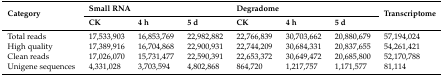
| <ROWSPAN=2> Category | <COLSPAN=3> Small RNA | <COLSPAN=3> Degradome | <ROWSPAN=2> Transcriptome |
 | CK | 4 h | 5 d | CK | 4 h | 5 d |
 | --- | --- | --- | --- | --- | --- | --- | --- |
 | Total reads | 17,533,903 | 16,853,769 | 22,982,882 | 22,766,839 | 30,703,662 | 20,880,679 | 57,194,024 |
 | High quality | 17,389,916 | 16,704,868 | 22,900,931 | 22,744,209 | 30,684,331 | 20,837,655 | 54,261,421 |
 | Clean reads | 17,026,070 | 15,731,477 | 22,590,391 | 22,653,372 | 30,649,472 | 20,685,800 | 52,170,788 |
 | Unigene sequences | 4,331,028 | 3,703,594 | 4,802,868 | 864,720 | 1,217,757 | 1,171,577 | 81,114 |